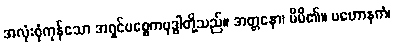
အလုံးစုံကုန်သော အရှင်ပစ္စေကဗုဒ္ဓါတို့သည်။ အတ္တနော၊ မိမိ၏။ ပဟောနကံ၊